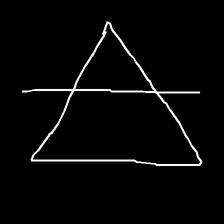
Glyph: empower